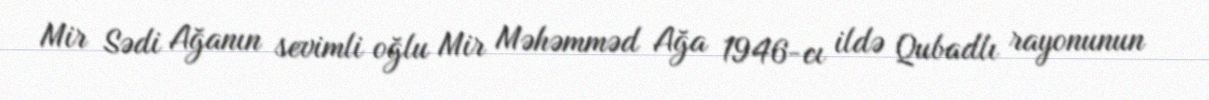
Mir Sədi Ağanın sevimli oğlu Mir Məhəmməd Ağa 1946-cı ildə Qubadlı rayonunun